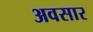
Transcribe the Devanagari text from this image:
अवसार